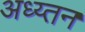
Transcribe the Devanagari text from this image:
अध्य्तन